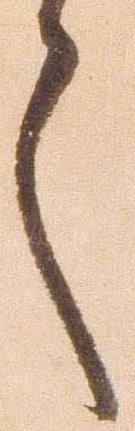
言